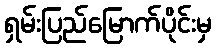
ရှမ်းပြည်မြောက်ပိုင်းမှ